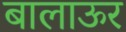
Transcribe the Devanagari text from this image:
बालाऊर